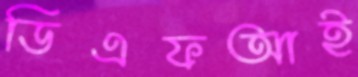
ডিএফআই